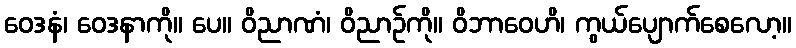
ဝေဒနံ၊ ဝေဒနာကို။ ပေ။ ဝိညာဏံ၊ ဝိညာဉ်ကို။ ဝိဘာဝေဟိ၊ ကွယ်ပျောက်စေလော့။